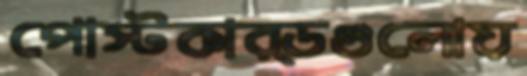
পোস্টকার্ডগুলোয়